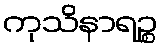
ကုသိနာရဉ္စ